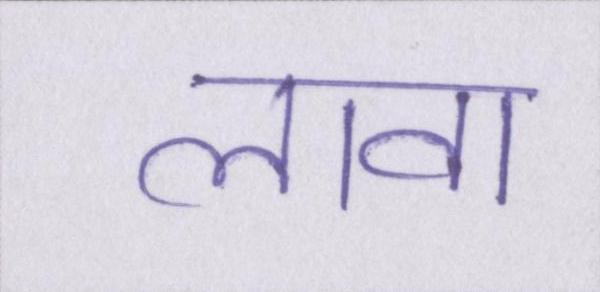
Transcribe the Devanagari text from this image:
लावा